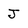
Character: J